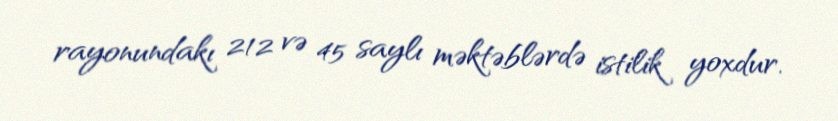
rayonundakı 212 və 45 saylı məktəblərdə istilik yoxdur.